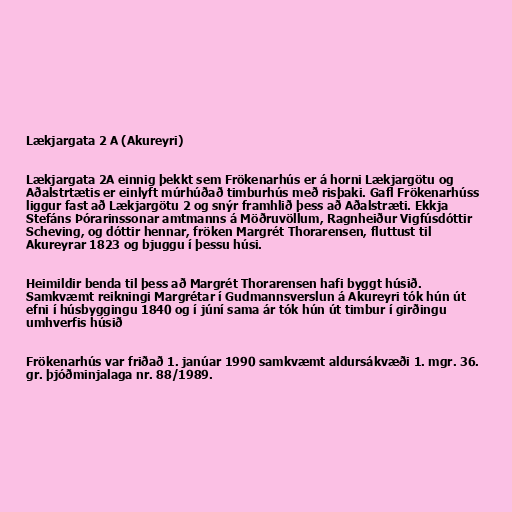
Lækjargata 2 A (Akureyri)

Lækjargata 2A einnig þekkt sem Frökenarhús er á horni Lækjargötu og
Aðalstrtætis er einlyft múrhúðað timburhús með risþaki. Gafl Frökenarhúss
liggur fast að Lækjargötu 2 og snýr framhlið þess að Aðalstræti. Ekkja
Stefáns Þórarinssonar amtmanns á Möðruvöllum, Ragnheiður Vigfúsdóttir
Scheving, og dóttir hennar, fröken Margrét Thorarensen, fluttust til
Akureyrar 1823 og bjuggu í þessu húsi.

Heimildir benda til þess að Margrét Thorarensen hafi byggt húsið.
Samkvæmt reikningi Margrétar í Gudmannsverslun á Akureyri tók hún út
efni í húsbyggingu 1840 og í júní sama ár tók hún út timbur í girðingu
umhverfis húsið

Frökenarhús var friðað 1. janúar 1990 samkvæmt aldursákvæði 1. mgr. 36.
gr. þjóðminjalaga nr. 88/1989.